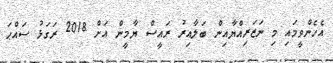
އެހެންވީމައި މި ނަޒަރިއްޔާއިން ބަލާއިރު ރައީސް ޔާމީން އަށް 2018 ރަގަޅު ސައްޙަ